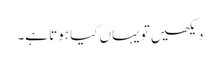
دیکھیں تو یہاں کیا ہوتا ہے۔